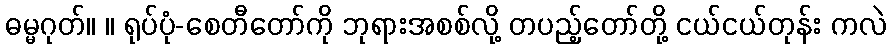
ဓမ္မဂုတ်။ ။ ရုပ်ပုံ-စေတီတော်ကို ဘုရားအစစ်လို့ တပည့်တော်တို့ ငယ်ငယ်တုန်း ကလဲ